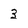
Character: 3